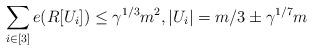
LaTeX: \begin{align*}\sum_{i\in[3]}e(R[U_i])\le \gamma^{1/3} m^2, |U_i|=m/3\pm \gamma^{1/7} m \enspace \end{align*}